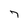
Character: 7